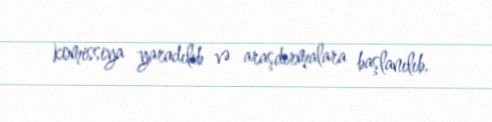
komissiya yaradılıb və araşdırmalara başlanılıb.